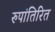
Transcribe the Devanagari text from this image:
रुपांतिरित